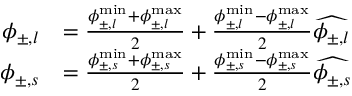
\begin{array} { r l } { \phi _ { \pm , l } } & { = \frac { \phi _ { \pm , l } ^ { \operatorname* { m i n } } + \phi _ { \pm , l } ^ { \operatorname* { m a x } } } { 2 } + \frac { \phi _ { \pm , l } ^ { \operatorname* { m i n } } - \phi _ { \pm , l } ^ { \operatorname* { m a x } } } { 2 } \widehat { { \phi _ { \pm , l } } } } \\ { \phi _ { \pm , s } } & { = \frac { \phi _ { \pm , s } ^ { \operatorname* { m i n } } + \phi _ { \pm , s } ^ { \operatorname* { m a x } } } { 2 } + \frac { \phi _ { \pm , s } ^ { \operatorname* { m i n } } - \phi _ { \pm , s } ^ { \operatorname* { m a x } } } { 2 } \widehat { { \phi _ { \pm , s } } } } \end{array}